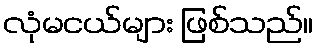
လုံမငယ်များ ဖြစ်သည်။